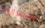
سيجارة